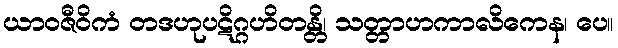
ယာဝဇီဝိကံ တဒဟုပဋိဂ္ဂဟိတန္တိ၊ သတ္တာဟကာလိကေန၊ ပေ။